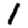
Digit: 1